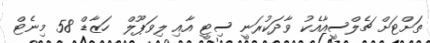
ތަށްޓަށް ޗެލްސީއާއެކު ވާދަކުރަނީ ސިޓީ އާއި ލިވަޕޫލް  ހަޒާޑް 58 މިނެޓް